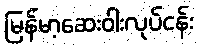
မြန်မာ့ဆေးဝါးလုပ်ငန်း